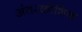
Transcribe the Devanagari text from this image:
अंतरकोशिक